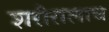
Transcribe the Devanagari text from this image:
शरीरालाच